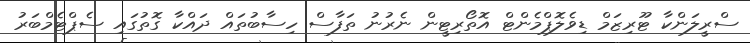
ސްރީލަންކާ ޓޫރިޒަމް ޑިވެލޮޕްމެންޓް އޮތޯރިޓީން ނެރުނު ތަފާސް ހިސާބުތައް ދައްކާ ގޮތުގައި ސެޕްޓެމްބަރު